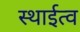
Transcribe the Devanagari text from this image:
स्थाईत्व